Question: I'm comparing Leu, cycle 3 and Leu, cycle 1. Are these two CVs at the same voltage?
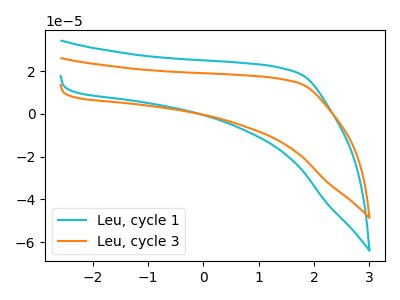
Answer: <think>The cyan curve "Leu, cycle 1" has no peaks. The orange curve "Leu, cycle 3" has no peaks.
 Neither "Leu, cycle 3" or "Leu, cycle 1" have any peaks.</think>
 <answer>"Leu, cycle 3" and "Leu, cycle 1" are similar in shape.</answer>
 <eval>same_shape</eval>